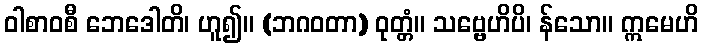
ဝါစာဝစီ ဘေဒေါတိ၊ ဟူ၍။ (ဘဂဝတာ) ဝုတ္တံ။ သဗ္ဗေဟိပိ၊ န်သော။ ဣမေဟိ